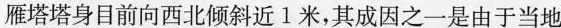
雁塔塔身目前向西北倾斜近1米，其成因之一是由于当地